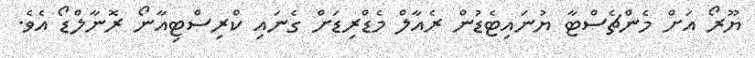
ޔޫރޯ އަށް މެންޗެސްޓާ ޔުނައިޓެޑުން ރެއާލް މެޑްރިޑަށް ގެނައި ކްރިސްޓިއާނޯ ރޮނާލްޑޯ އެވެ.